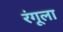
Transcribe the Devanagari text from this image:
रंगूला